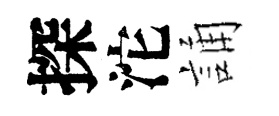
探沱誦